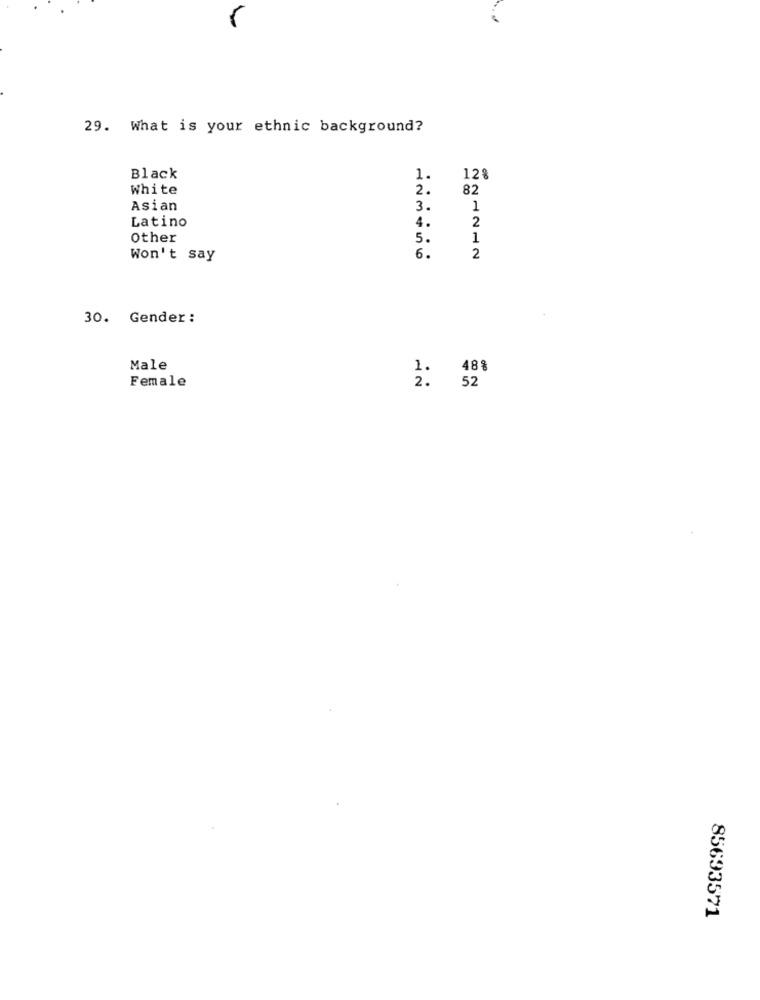
29. What is your ethnic background?
Black
1.
128
White
2.
82
Asian
3.
1
Latino
4.
2
Other
5.
1
6.
Won't say
2
30. Gender :
Male
1.
488
2.
52
Female
85693571